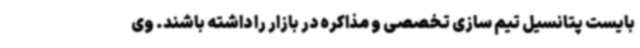
بایست پتانسیل تیم سازی تخصصی و مذاکره در بازار را داشته باشند. وی